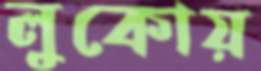
লুকোয়